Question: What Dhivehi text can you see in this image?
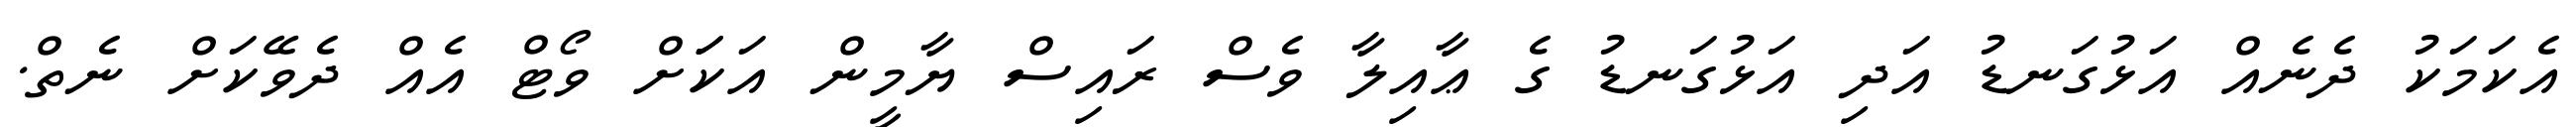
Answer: އެކަމަކު ދެނެއް އަޅުގަނޑު އަދި އަޅުގަނޑު ގެ ޢާއިލާ ވެސް ރައިސް ޔާމީން އަކަަށް ވޯޓް އެއް ދެވޭކަށް ނެތް.